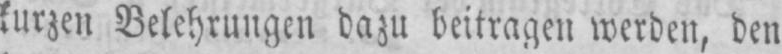
kurzen Belehrungen dazu beitragen werden, den